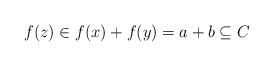
LaTeX: \begin{align*}f(z) \in f(x)+f(y) = a+b \subseteq C \end{align*}